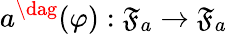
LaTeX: a^{\dag}(\varphi):\mathfrak{F}_{a}\to\mathfrak{F}_{a}